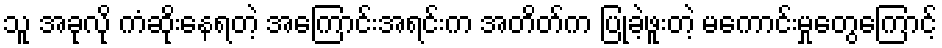
သူ အခုလို ကံဆိုးနေရတဲ့ အကြောင်းအရင်းက အတိတ်က ပြုခဲ့ဖူးတဲ့ မကောင်းမှုတွေကြောင့်